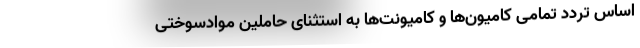
اساس تردد تمامی کامیون‌ها و کامیونت‌ها به استثنای حاملین موادسوختی